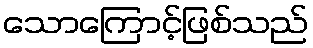
သောကြောင့်ဖြစ်သည်